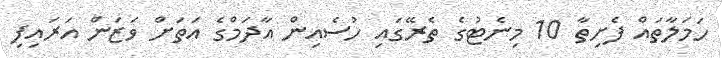
ހަމަލާތައް ފެށިތާ 10 މިނެޓުގެ ތެރޭގައި ހުސެއިން އާދަމްގެ އަތަށް ވަޒަން އަރައިފި